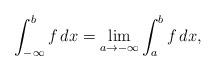
LaTeX: \begin{align*}\int_{-\infty}^b f\,dx = \lim_{a \rightarrow -\infty}\int_a^b f\,dx,\end{align*}